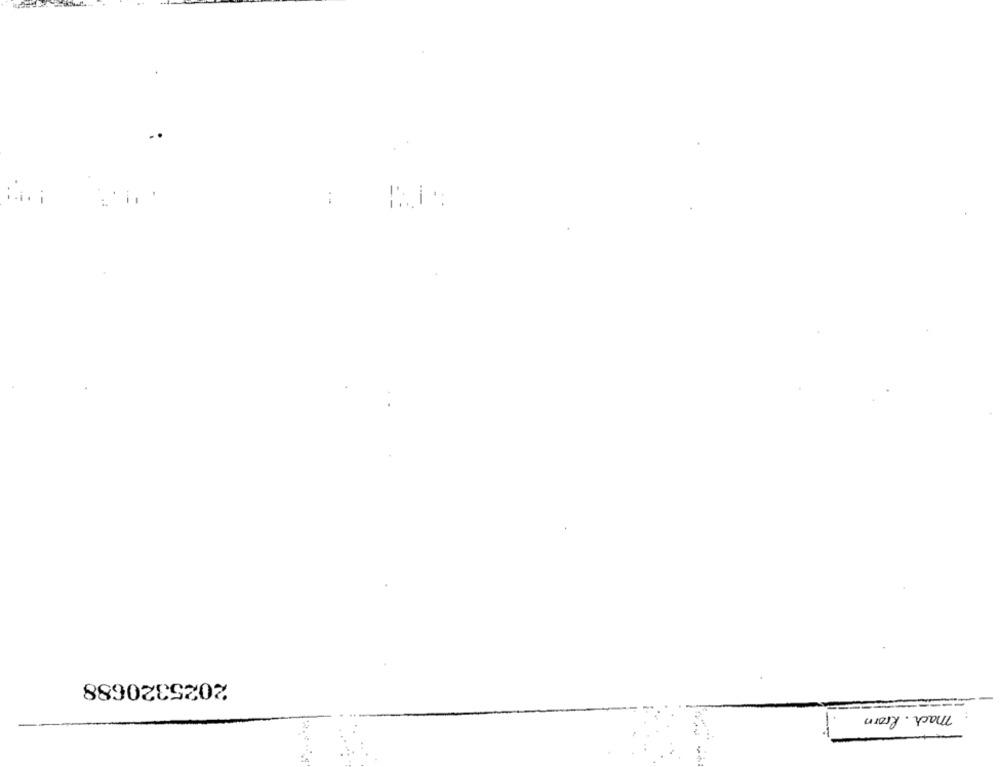
2025320688
mach. from